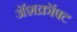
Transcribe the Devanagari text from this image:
अॅशक्रॉफ्ट